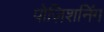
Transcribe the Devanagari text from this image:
पोज़िशनिंग